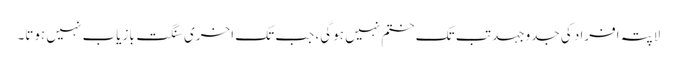
لاپتہ افراد کی جدوجہد تب تک ختم نہیں ہوگی، جب تک اخری سنگت بازیاب نہیں ہوتا۔